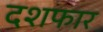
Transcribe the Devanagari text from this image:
दशफार